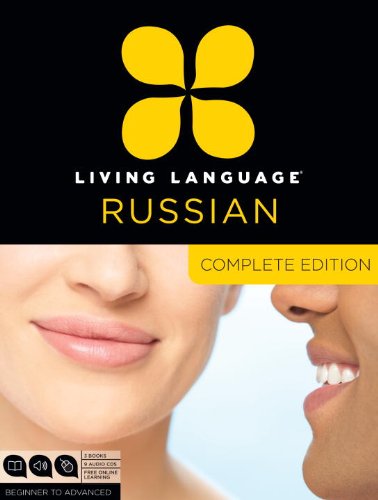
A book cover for Living Language Russian, Complete Edition: Beginner through advanced course, including 3 coursebooks, 9 audio CDs, and free online learning; Living Language; Education & Teaching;